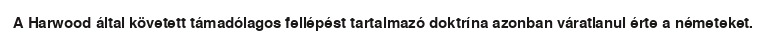
A Harwood által követett támadólagos fellépést tartalmazó doktrína azonban váratlanul érte a németeket.